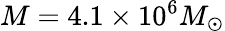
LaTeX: M=4.1\times 10^{6}M_{\odot}